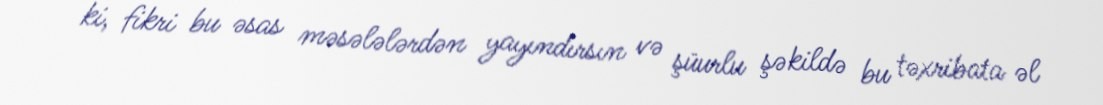
ki, fikri bu əsas məsələlərdən yayındırsın və şüurlu şəkildə bu təxribata əl